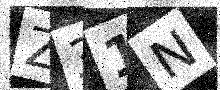
Text: Z31N